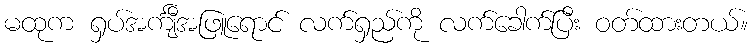
မထုက ရှပ်အင်္ကျီအဖြူရောင် လက်ရှည်ကို လက်ခေါက်ပြီး ဝတ်ထားတယ်။